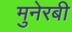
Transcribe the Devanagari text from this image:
मुनेरबी